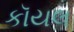
કૉયલ